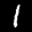
Label: 1